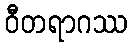
ဝီတရာဂဿ